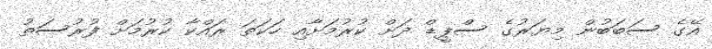
އޭގެ ސަބަބުން މިޔަރުގެ ސްޕީޑް ދަށް ކުރުމަށާއި ހަކަތަ ރައްކާ ކުރުމަށް ފުރުސަތު